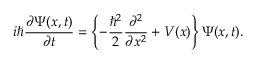
i \hbar \frac { \partial \Psi ( x , t ) } { \partial t } = \left\{ - \frac { \hbar ^ { 2 } } { 2 } \frac { \partial ^ { 2 } } { \partial x ^ { 2 } } + V ( x ) \right\} \Psi ( x , t ) .